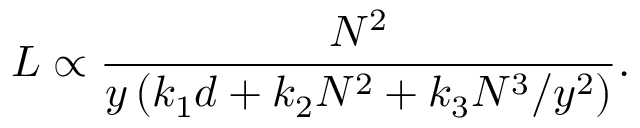
L \propto \frac { N ^ { 2 } } { y \left( k _ { 1 } d + k _ { 2 } N ^ { 2 } + k _ { 3 } N ^ { 3 } / y ^ { 2 } \right) } .